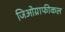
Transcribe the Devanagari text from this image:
जिओग्राफीकल